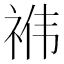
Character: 𮵜